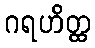
ဂရဟိတ္ထ